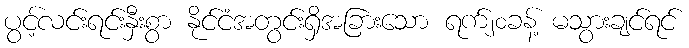
ပွင့်လင်းရင်းနှီးစွာ နိုင်ငံအတွင်းရှိအခြားသော ရက်၂၀ခန့် မသွားချင်ရင်